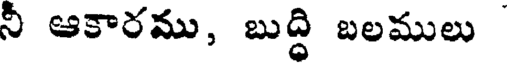
నీ ఆకారము, బుద్ధి బలములు